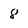
Character: 8